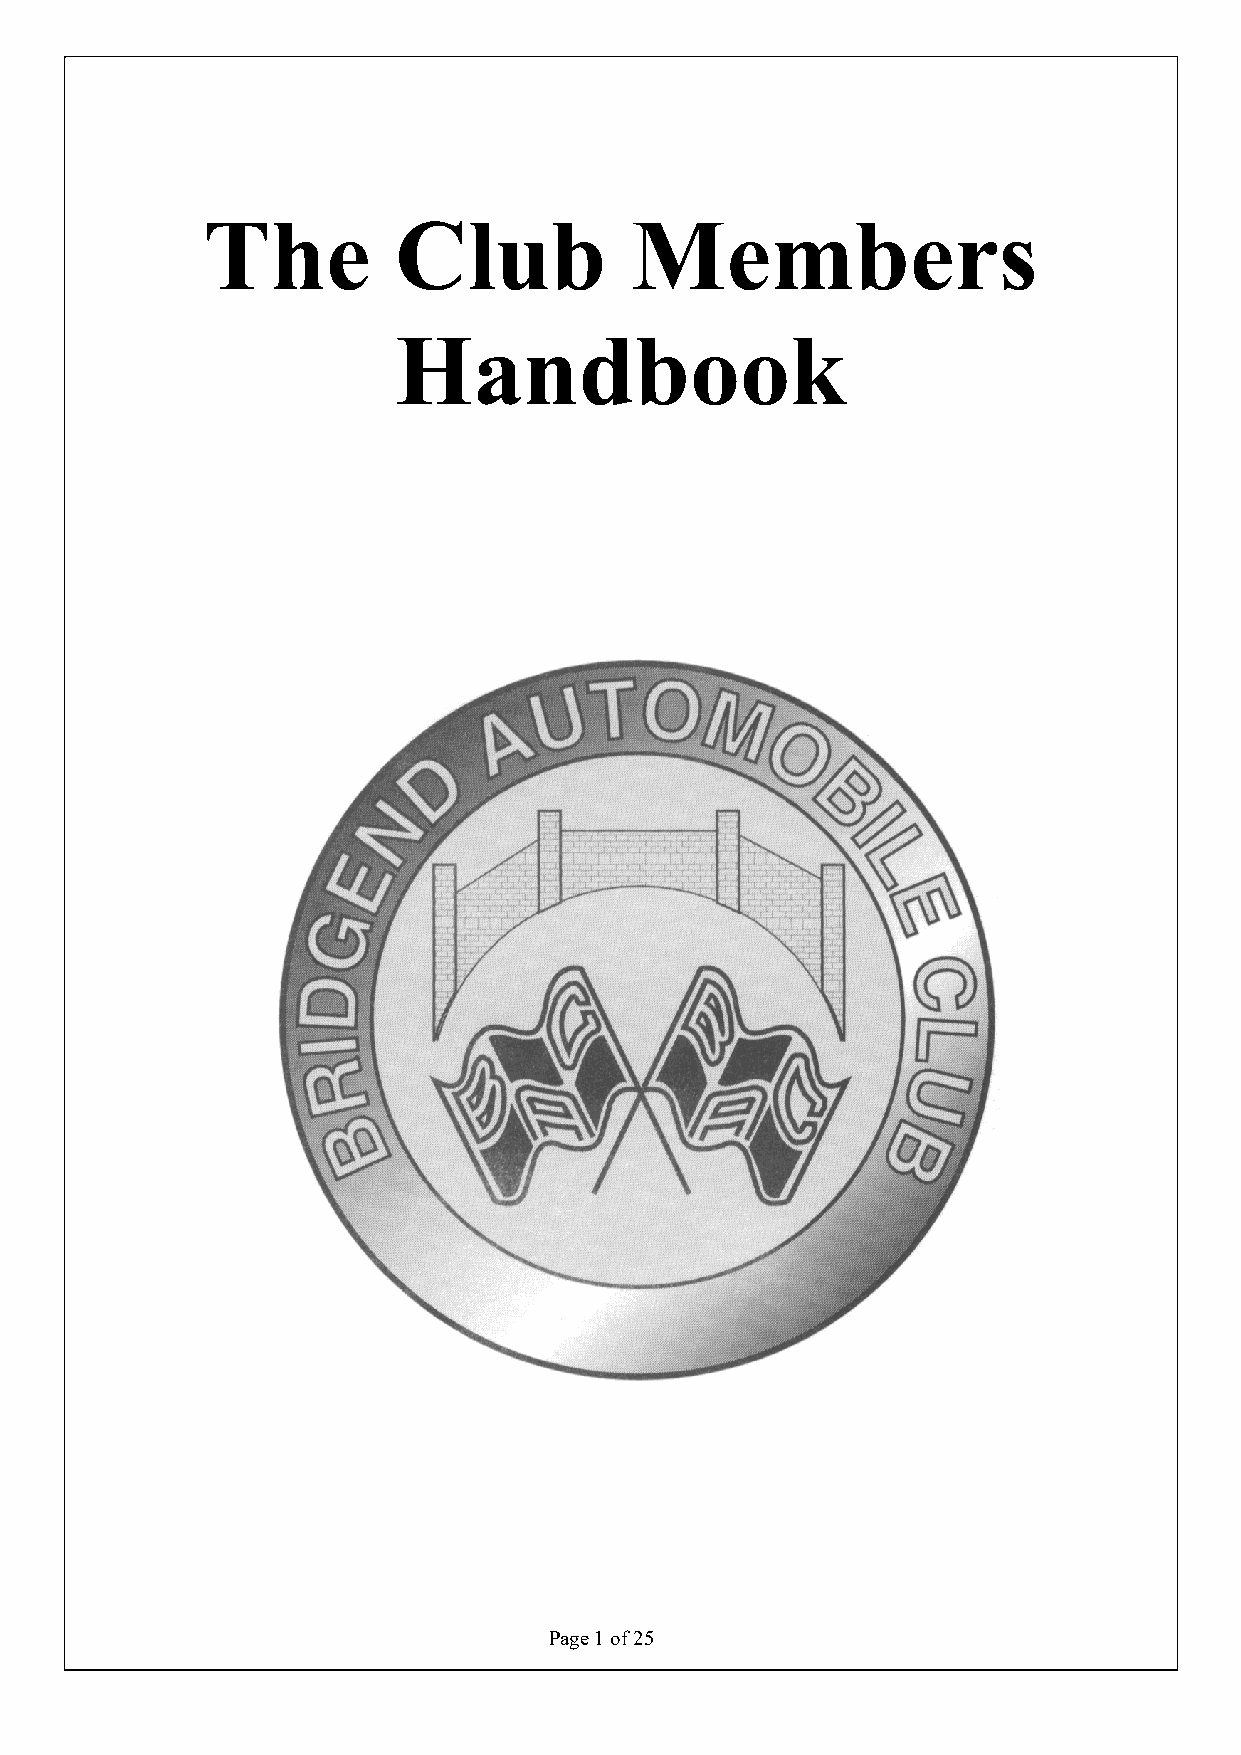
The          Club            Members
 Handbook
 Page 1 of 25